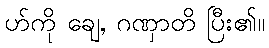
ဟ်ကို ချေ, ဂဏှာတိ ပြီး၏။